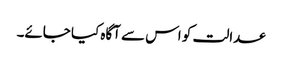
عدالت کو اس سے آگاہ کیا جائے۔